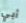
أبي